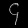
Digit: ၄